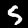
Label: 5